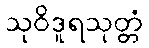
သုဝိဒူရသုတ္တံ